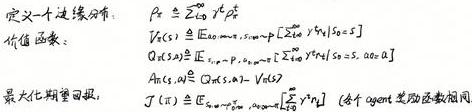
定义一个边缘分布:
价值函数:
\[
\begin{align*}
P_x &\triangleq \sum_{y=0}^{\infty} \gamma^y p_y^x \\
V_{\pi}(s) &\triangleq \mathbb{E}_{\pi}[s_0 = s, a_0, s_1, \cdots]\left[\sum_{t=0}^{\infty} \gamma^t r_t \mid s_0 = s\right] \\
Q_{\pi}(s, a) &\triangleq \mathbb{E}_{\pi}[s_0 = s, a_0 = a, s_1, \cdots]\left[\sum_{t=0}^{\infty} \gamma^t r_t \mid s_0 = s, a_0 = a\right] \\
A_{\pi}(s, a) &\triangleq Q_{\pi}(s, a) - V_{\pi}(s) \\
J(\pi) &\triangleq \sum_{s \in \mathcal{S}} \rho(s) V^{\pi}(s) \quad (\text{各个状态奖励函数相同})
\end{align*}
\]